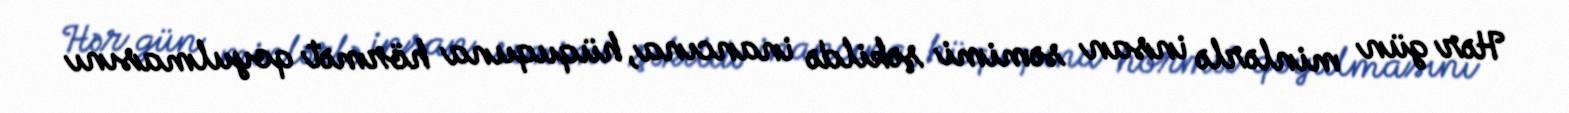
Hər gün minlərlə insan səmimi şəkildə inancına, hüququna hörmət qoyulmasını